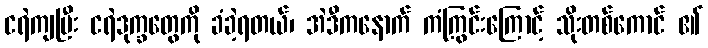
ငရဲကျပြီး ငရဲဒုက္ခတွေကို ခံခဲ့ရတယ်၊ အဲဒီကနောက် ကံကြွင်းကြောင့် သိုးတစ်ကောင် ၏